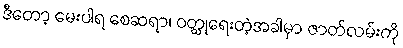
ဒီတော့ မေးပါရ စေဆရာ၊ ဝတ္ထုရေးတဲ့အခါမှာ ဇာတ်လမ်းကို